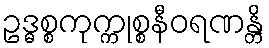
ဥဒ္ဓစ္စကုက္ကုစ္စနီဝရဏန္တိ